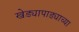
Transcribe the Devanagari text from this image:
खेड्यापाड्याच्या